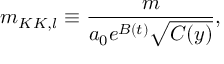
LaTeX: m _ { K K , l } \equiv \frac { m } { a _ { 0 } e ^ { B ( t ) } \sqrt { C ( y ) } } ,